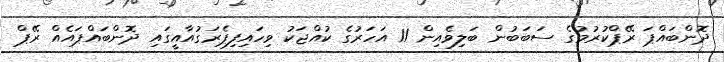
ދޮންބައްޕަ ރޭޕްކުރުމުގެ ސަބަބުން ބަލިވެއިން 11 އަހަރުގެ ކުއްޖަކު ވިހައިފިޕެރަގުއާއީގައި ދޮންބައްޕައެއް ރޭޕް